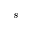
s